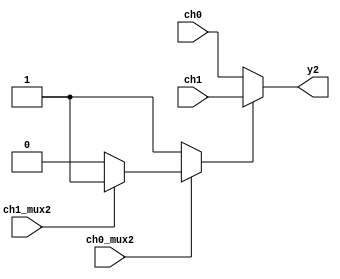
`timescale 1ns / 1ps
//////////////////////////////////////////////////////////////////////////////////
// Company: 
// Engineer: 
// 
// Design Name: 
// Module Name: mux2
// Project Name: 
// Target Devices: 
// Tool Versions: 
// Description: 
// 
// Dependencies: 
// 
// Revision:
// Revision 0.01 - File Created
// Additional Comments:
// 
//////////////////////////////////////////////////////////////////////////////////


module mux2(
	input wire ch0_mux2,
	input wire ch1_mux2,
	input wire [7:0] ch0, ch1,
	output reg [7:0] y2
    );
	
	reg sel;
	
	always @* begin
		if(ch0_mux2) begin //select
			if (ch1_mux2) begin 
				sel = 1;
			end else begin
				sel = 0;
			end
		end else begin
			sel = 1;
		end
	end
		
	always @* begin
		if (sel)begin
			y2 = ch1;
		end else begin
			y2 = ch0;
		end
	end
		
endmodule